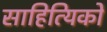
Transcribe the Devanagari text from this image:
साहित्‍यिकों